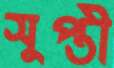
সুপ্তী